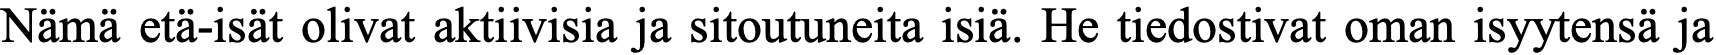
Nämä etä-isät olivat aktiivisia ja sitoutuneita isiä. He tiedostivat oman isyytensä ja